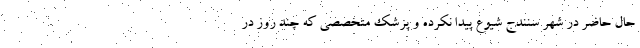
حال حاضر در شهر سنندج شیوع پیدا نکرده و پزشک متخصصی که چند روز در